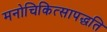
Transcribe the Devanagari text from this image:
मनोचिकित्सापद्धति